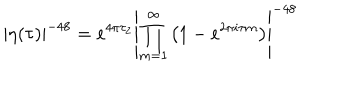
LaTeX: \left| \eta ( \tau ) \right| ^ { - 4 8 } = e ^ { 4 \pi \tau _ { 2 } } \left| \prod _ { m = 1 } ^ { \infty } \left( 1 - e ^ { 2 \pi i \tau m } \right) \right| ^ { - 4 8 }